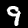
Digit: 9